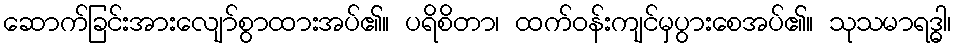
ဆောက်ခြင်းအားလျော်စွာထားအပ်၏။ ပရိစိတာ၊ ထက်ဝန်းကျင်မှပွားစေအပ်၏။ သုသမာရဒ္ဓါ၊